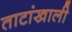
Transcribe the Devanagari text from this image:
ताटांखाली